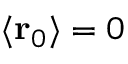
\langle \mathbf { r } _ { 0 } \rangle = 0